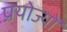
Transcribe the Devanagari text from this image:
प्रयोज्यों